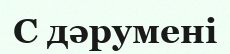
C дәрумені